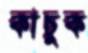
কাচুক